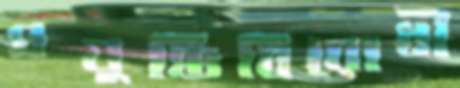
প্রযুক্তিবিরোধী